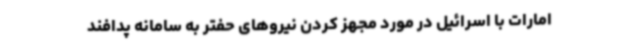
امارات با اسرائیل در مورد مجهز کردن نیروهای حفتر به سامانه پدافند